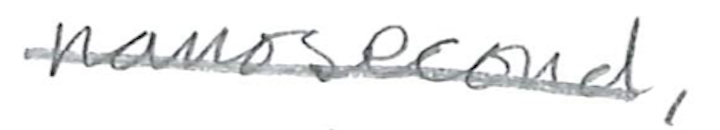
Text: nanosecond,
Cross-out: single-line
Writing tool: pencil